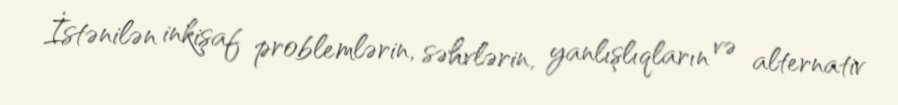
İstənilən inkişaf problemlərin, səhvlərin, yanlışlıqların və alternativ